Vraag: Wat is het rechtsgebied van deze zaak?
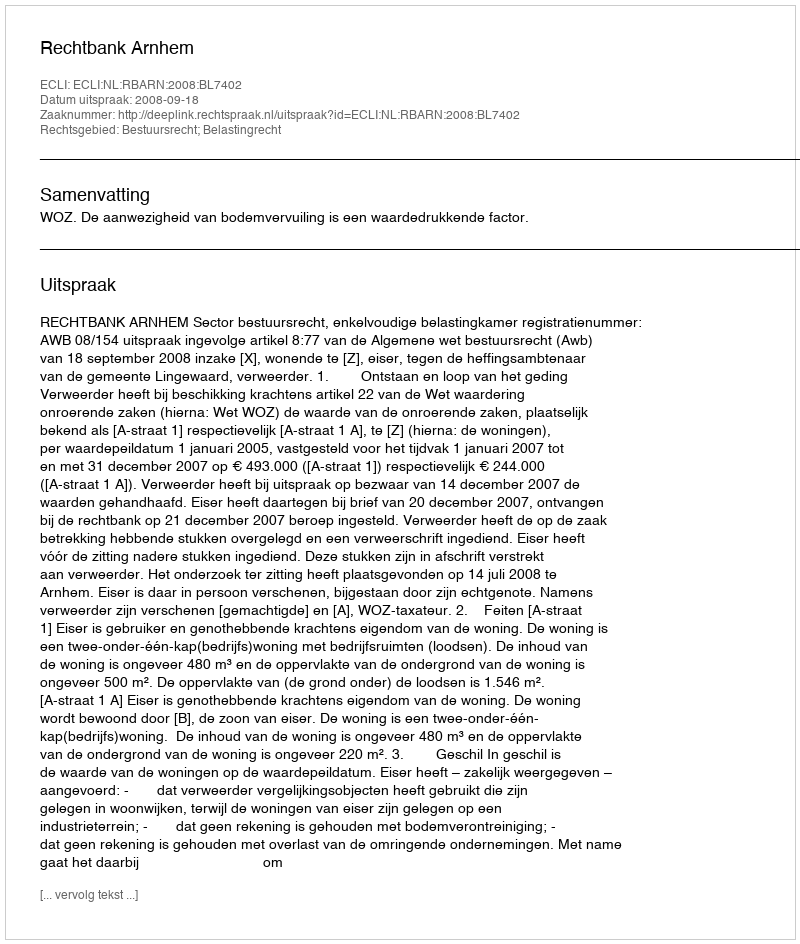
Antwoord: Bestuursrecht; Belastingrecht